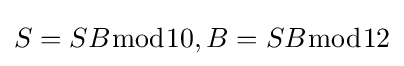
S=SB{\bmod {1}}0,B=SB{\bmod {1}}2